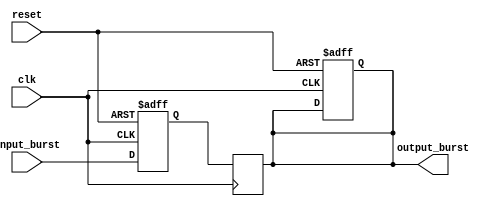
module BurstSynchronizer (
    input wire clk,
    input wire reset,
    input wire [7:0] input_burst,
    output reg [7:0] output_burst
);

reg [7:0] input_burst_stable;

always @ (posedge clk or posedge reset) begin
    if (reset) begin
        input_burst_stable <= 8'b0;
        output_burst <= 8'b0;
    end else begin
        input_burst_stable <= input_burst;
        // Add control logic here to adjust the timing of input bursts
        // as needed to align them with the desired output burst timing
    end
end

always @ (posedge clk) begin
    // Synchronization block to sample input bursts at correct time
    // Account for any variations in frequency or timing and correct them
    // to ensure stable and synchronized output burst
    output_burst <= input_burst_stable;
end

endmodule